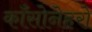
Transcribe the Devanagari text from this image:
काँसोनेहरो